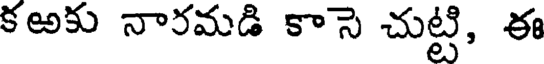
కఱకు నారమడి కాసె చుట్టి, ఈ